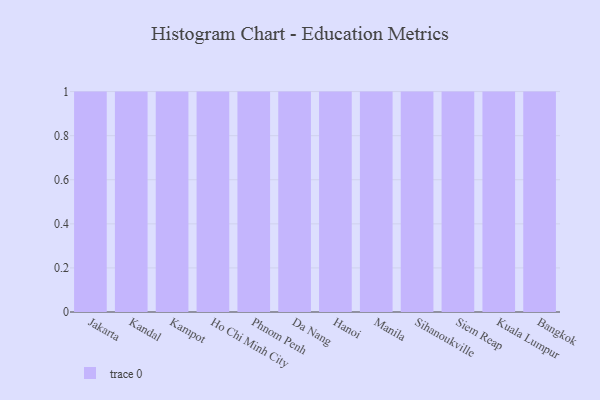
{"axis": {"x": "City", "y": "Customer Acquisition Cost (USD)"}, "legend": [""], "data": [{"x": "Jakarta", "y": 9, "type": ""}, {"x": "Kandal", "y": 100, "type": ""}, {"x": "Kampot", "y": 54, "type": ""}, {"x": "Ho Chi Minh City", "y": 21, "type": ""}, {"x": "Phnom Penh", "y": 46, "type": ""}, {"x": "Da Nang", "y": 81, "type": ""}, {"x": "Hanoi", "y": 70, "type": ""}, {"x": "Manila", "y": 1, "type": ""}, {"x": "Sihanoukville", "y": 39, "type": ""}, {"x": "Siem Reap", "y": 29, "type": ""}, {"x": "Kuala Lumpur", "y": 11, "type": ""}, {"x": "Bangkok", "y": 58, "type": ""}]}